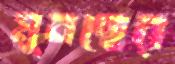
মুনছের